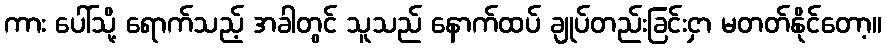
ကား ပေါ်သို့ ရောက်သည့် အခါတွင် သူသည် နောက်ထပ် ချုပ်တည်းခြင်းငှာ မတတ်နိုင်တော့။